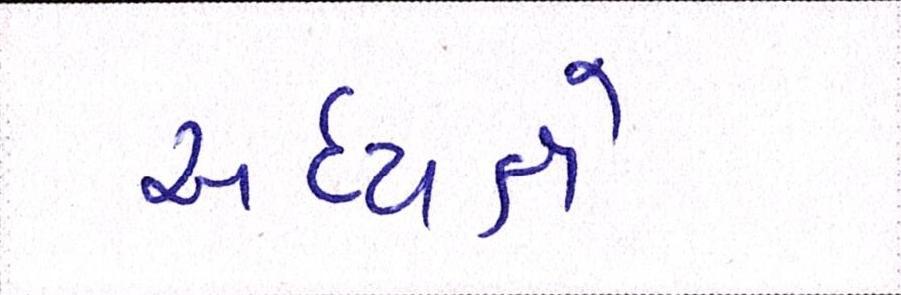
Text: અધ્યક્ષે